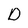
Character: D